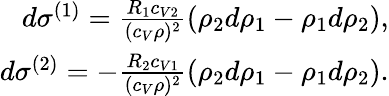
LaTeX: \begin{array}{r}{d\sigma^{(1)}=\frac{R_{1}c_{V2}}{(c_{V}\rho)^{2}}(\rho_{2}d\rho_{1}-\rho_{1}d\rho_{2}),}\\ {d\sigma^{(2)}=-\frac{R_{2}c_{V1}}{(c_{V}\rho)^{2}}(\rho_{2}d\rho_{1}-\rho_{1}d\rho_{2}).}\end{array}